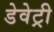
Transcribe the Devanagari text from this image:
डेवेट्री